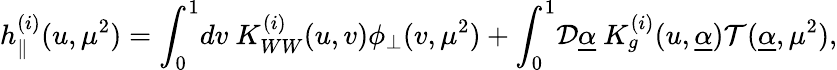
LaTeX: h_{\parallel}^{(i)}(u,\mu^{2})=\int_{0}^{1}\! dv\ K_{WW}^{(i)}(u,v)\phi_{\perp}(v,\mu^{2})+\int_{0}^{1}\! {\cal D}\underline{{{\alpha}}}\ K_{g}^{(i)}(u,\underline{{{\alpha}}}){\cal T}(\underline{{{\alpha}}},\mu^{2}),